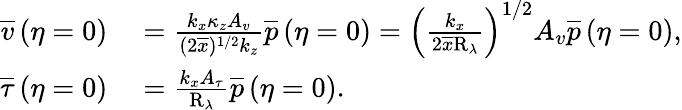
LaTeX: \begin{array}{rl}{\overline{{v}}\left(\eta=0\right)}&{{}=\frac{k_{x}\kappa_{z}A_{v}}{(2\overline{{x}})^{1/2}k_{z}}\overline{{p}}\left(\eta=0\right)=\left(\frac{k_{x}}{2\overline{{x}}\mathrm{R}_{\lambda}}\right)^{1/2}A_{v}\overline{{p}}\left(\eta=0\right),}\\ {\overline{{\tau}}\left(\eta=0\right)}&{{}=\frac{k_{x}A_{\tau}}{\mathrm{R}_{\lambda}}\overline{{p}}\left(\eta=0\right).}\end{array}